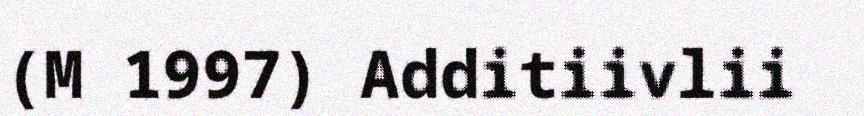
(M 1997) Additiivlii